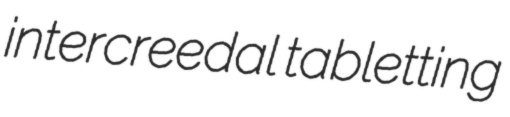
intercreedal tabletting